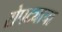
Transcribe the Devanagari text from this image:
रोपट्याचा